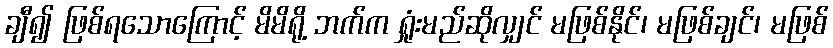
ချီ၍ ဖြစ်ရသောကြောင့် မိမိရို့ ဘက်က ရှုံးမည်ဆိုလျှင် မဖြစ်နိုင်၊ မဖြစ်ချင်၊ မဖြစ်